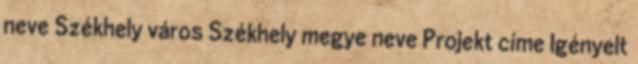
neve Székhely város Székhely megye neve Projekt címe Igényelt